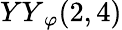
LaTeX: {YY}_{\varphi}(2,4)